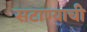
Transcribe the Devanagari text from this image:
सटाण्याची